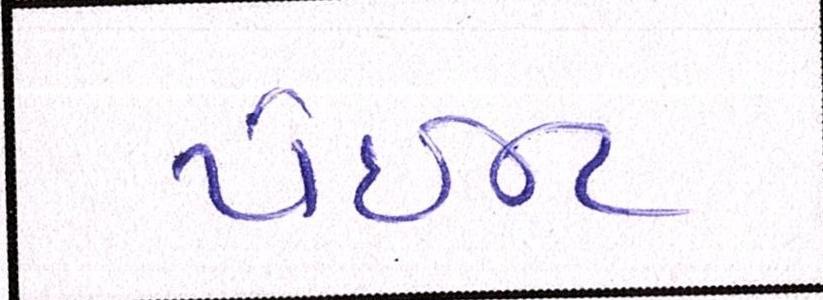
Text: પેઇન્ટ